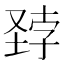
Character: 𪣽